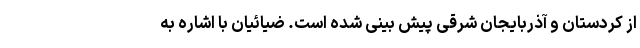
از کردستان و آذربایجان شرقی پیش بینی شده است. ضیائیان با اشاره به